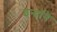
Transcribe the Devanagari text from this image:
इन्हॉने